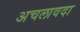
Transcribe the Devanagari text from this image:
अचलावदा